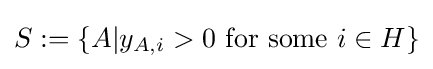
S:=\{A|y_{A,i}>0{\text{ for some }}i\in H\}